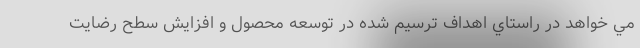
مي خواهد در راستاي اهداف ترسيم شده در توسعه محصول و افزايش سطح رضايت